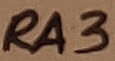
Text: RA3